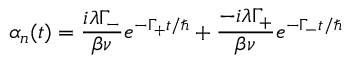
\alpha _ { n } ( t ) = \frac { i \lambda \Gamma _ { - } } { \beta \nu } e ^ { - \Gamma _ { + } t / \hbar } + \frac { - i \lambda \Gamma _ { + } } { \beta \nu } e ^ { - \Gamma _ { - } t / \hbar }